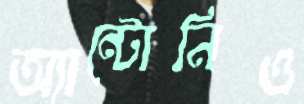
অ্যান্টোনিও